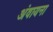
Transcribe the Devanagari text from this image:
अंवायना